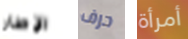
الإطار حرف أمرأة